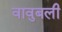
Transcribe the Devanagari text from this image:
वावुबली